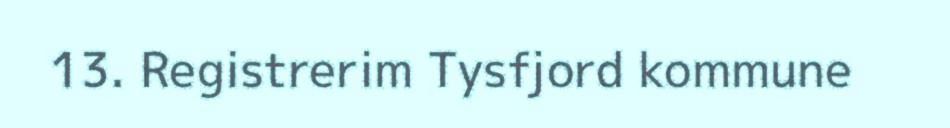
13. Registrerim Tysfjord kommune